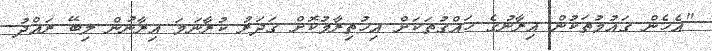
"އެހެން ގައުމުތަކުން އިރާނުގެ ހައްގުތަކަށް އިހުތިރާމުކޮށް ގަދަރު ކުރާނަމަ އިރާނުން ލިބޭ ރައްދު